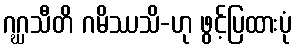
ဂဂ္ဃသီတိ ဂမိဿသိ-ဟု ဖွင့်ပြထားပုံ